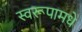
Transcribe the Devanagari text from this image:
स्वरूपामधे